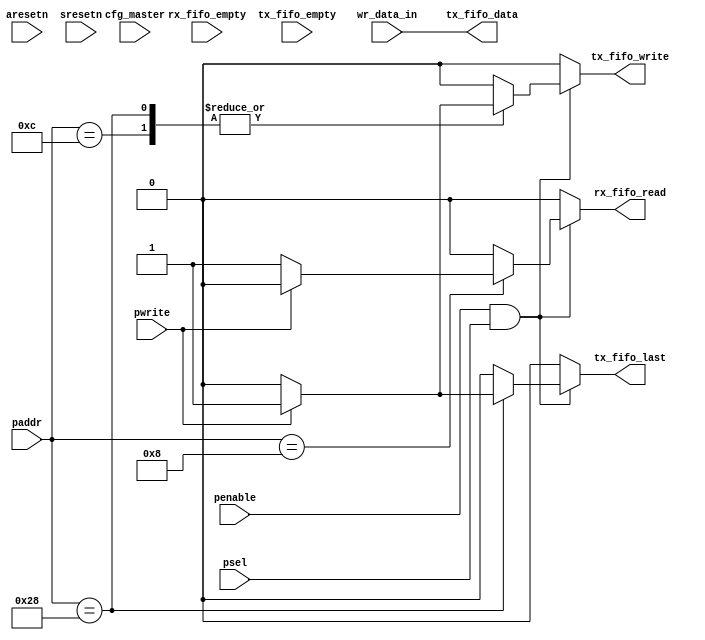
// ********************************************************************/ 
// Microsemi Corporation Proprietary and Confidential
// Copyright 2014 Microsemi Corporation.  All rights reserved.
//
// ANY USE OR REDISTRIBUTION IN PART OR IN WHOLE MUST BE HANDLED IN 
// ACCORDANCE WITH THE MICROSEMI LICENSE AGREEMENT AND MUST BE APPROVED 
// IN ADVANCE IN WRITING.  
//  
//
// SPI Top level control.
//
// SVN Revision Information:
// SVN $Revision: 23983 $
// SVN $Date: 2014-11-28 23:42:46 +0530 (Fri, 28 Nov 2014) $
//
// Resolved SARs
// SAR      Date     Who   Description
//
// Notes: 
//
//
// *********************************************************************/ 

module spi_control # (
  parameter     CFG_FRAME_SIZE    = 4
)(  
                     input         aresetn,
                     input         sresetn,
                     input         psel,
                     input         penable,
                     input         pwrite,
                     input  [6:0]  paddr,
                     input  [CFG_FRAME_SIZE-1:0] wr_data_in,
                     input         cfg_master,
                     input         rx_fifo_empty,
                     input         tx_fifo_empty,

                     output [CFG_FRAME_SIZE-1:0] tx_fifo_data,            
                     output        tx_fifo_write,           
                     output        tx_fifo_last,             
                     output        rx_fifo_read            
                );



//######################################################################################################

reg tx_fifo_write_sig;
reg rx_fifo_read_sig;
reg tx_last_frame_sig;

// Output assignments.
assign tx_fifo_last   = tx_last_frame_sig;      
assign tx_fifo_data   = wr_data_in;
assign tx_fifo_write  = tx_fifo_write_sig;     
assign rx_fifo_read   = rx_fifo_read_sig;     

// Note combinational generation of FIFO read and write signals

always @(*)
   begin
   //defaults
   rx_fifo_read_sig  = 1'b0;      //default no read on rx fifo
   tx_fifo_write_sig = 1'b0;      //default no write on tx fifo
   tx_last_frame_sig = 1'b0;      //default not last frame

   if (penable && psel)
      begin
      case (paddr) //synthesis parallel_case
      6'h0C:	  //write to transmit fifo
         begin
            if (pwrite)
               begin
                 tx_fifo_write_sig  = 1'b1;   //write to the fifo                 
               end            
         end
      6'h08:    //read from receive fifo
         begin 
            if (~pwrite) 
            begin
                rx_fifo_read_sig = 1'b1;
            end
         end
      6'h28:    // aliased transmit data, sets last frame bit
        begin
          if(pwrite)
          begin
            tx_fifo_write_sig  = 1'b1;   //write to the fifo
            tx_last_frame_sig  = 1'b1;   //last frame
          end
        end
      default:
         begin
         end
      endcase     
   end
end

endmodule